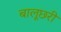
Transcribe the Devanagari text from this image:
बालूछरी